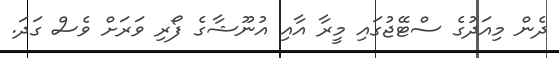
ދެން މިއަދުގެ ސްޓޭޖުގައި މީރާ އާއި އުނޫޝާގެ ފޯރި ވަރަށް ވެސް ގަދަ.